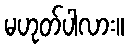
မဟုတ်ပါလား။